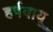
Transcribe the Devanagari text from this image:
हर्षवायू